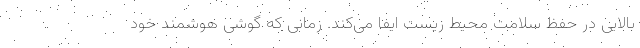
بالایی در حفظ سلامت محیط زیست ایفا می‌کند. زمانی که گوشی هوشمند خود